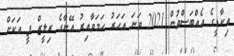
އިކާޑީގެ އެއްބަސްވުން 2021 ވަނަ އަހަރު ހަމަވާއިރު އޭނާގެ ރިލީޒް ފީ އަކަށް